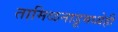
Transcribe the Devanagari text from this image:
तामिळनाडूमध्येही